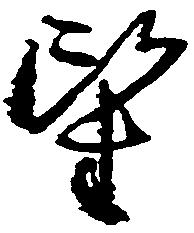
望